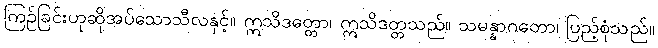
ကြဉ်ခြင်းဟုဆိုအပ်သောသီလနှင့်။ ဣသိဒတ္တော၊ ဣသိဒတ္တသည်။ သမန္နာဂတော၊ ပြည့်စုံသည်။